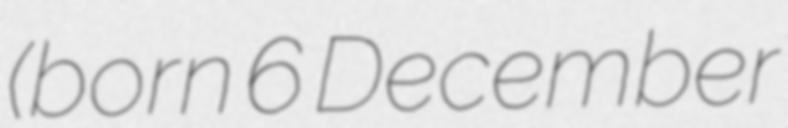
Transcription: (born 6 December